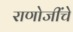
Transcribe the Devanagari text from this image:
राणोजींचे